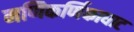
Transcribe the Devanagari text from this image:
मणिकर्णिकाघाट